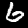
Digit: 6